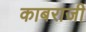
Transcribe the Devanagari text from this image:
काबराजी